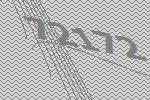
72172